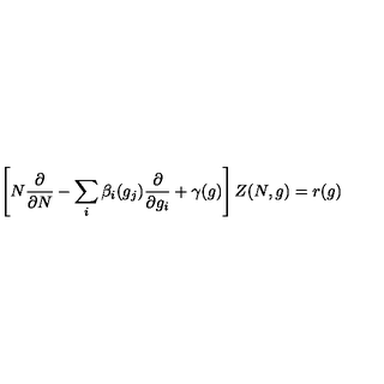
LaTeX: \left[ N { \frac { \partial } { \partial N } } - \sum _ { i } \beta _ { i } ( g _ { j } ) { \frac { \partial } { \partial g _ { i } } } + \gamma ( g ) \right] Z ( N , g ) = r ( g )